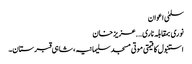
سلمیٰ اعوان
نوری بمقابلہ ناری….عزیز خان
استنبول کا قیمتی موتی مسجد سلیمانیہ ، شاہی قبرستان۔